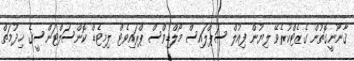
ޤާނޫނީގޮތުން ގެޒެޓްކުރެވޭ ލިޔުން ފިއުލް ސަޕްލައިސް މޯލްޑިވްސް ޕްރައިވެޓް ލިމިޓެޑް ކޮންސަލްޓަންސީގެ ޚިދުމަތް